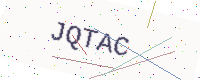
Text: JQTAC